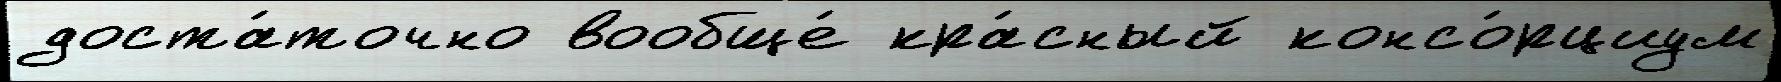
доста́точно вообще́ кра́сный консо́рциум